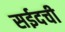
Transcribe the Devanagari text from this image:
सईदची